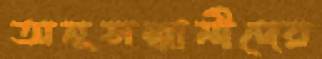
অনুসন্ধানীদের